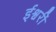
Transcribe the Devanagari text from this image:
ईश्वरीं